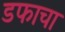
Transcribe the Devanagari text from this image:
डफाचा